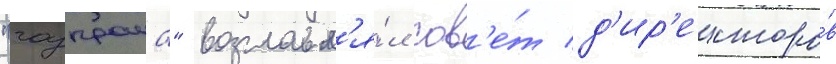
"газпрома" возглавл'я́л сов'е́т д'ир'екторо́в